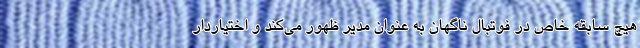
هیچ سابقه خاص در فوتبال ناگهان به عنوان مدیر ظهور می‌کند و اختیاردارِ